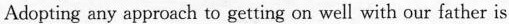
Adopting any approach to getting on well with our father is